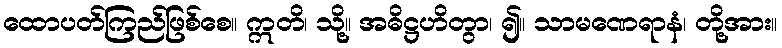
ထောပတ်ကြည်ဖြစ်စေ။ ဣတိ၊ သို့။ အဓိဋ္ဌဟိတွာ၊ ၍။ သာမဏေရာနံ၊ တို့အား။